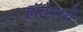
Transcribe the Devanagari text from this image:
हॉटेमध्ये